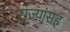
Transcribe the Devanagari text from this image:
राज्यांसह